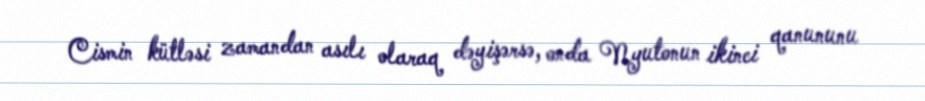
Cismin kütləsi zamandan asılı olaraq dəyişərsə, onda Nyutonun ikinci qanununu